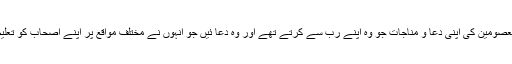
اس ذخیرے میں چودہ معصومینؑ کی اپنی دعا و مناجات جو وہ اپنے رب سے کرتے تھے اور وہ دعا ئیں جو انہوں نے مختلف مواقع پر اپنے اصحاب کو تعلیم فرمائی ہیں شامل ہیں ۔